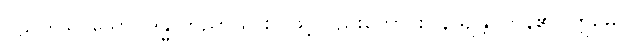
ပဋိပဒါယ၊ သော။ ဒန္ဓာဘိညာယ စ၊ ဖြင့်လည်းကောင်း။ နိယျန္တိ၊ ကုန်၏။ ဣမေ